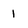
Character: 1